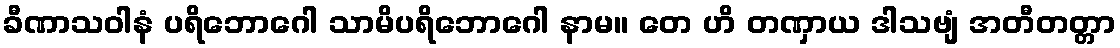
ခီဏာသဝါနံ ပရိဘောဂေါ သာမိပရိဘောဂေါ နာမ။ တေ ဟိ တဏှာယ ဒါသဗျံ အတီတတ္တာ